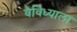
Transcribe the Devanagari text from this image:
वैविध्याला